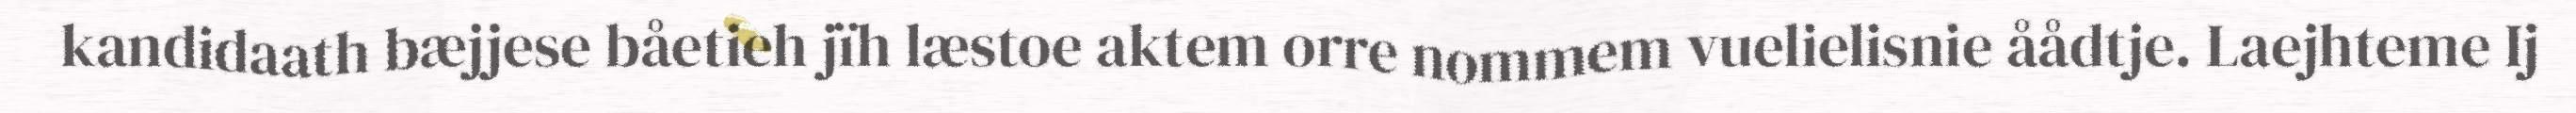
kandidaath bæjjese båetieh jïh læstoe aktem orre nommem vuelielisnie åådtje. Laejhteme Ij